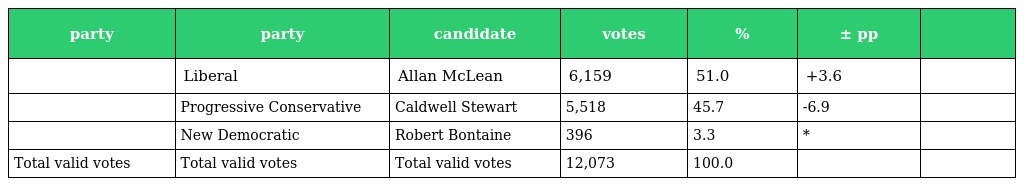
| party | party | candidate | votes | % | ± pp |  |
 | --- | --- | --- | --- | --- | --- | --- |
 |  | Liberal | Allan McLean | 6,159 | 51.0 | +3.6 |  |
 |  | Progressive Conservative | Caldwell Stewart | 5,518 | 45.7 | -6.9 |  |
 |  | New Democratic | Robert Bontaine | 396 | 3.3 | * |  |
 | Total valid votes | Total valid votes | Total valid votes | 12,073 | 100.0 |  |  |